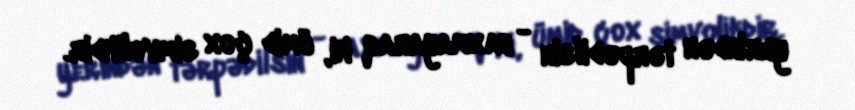
yerindən tərpədilsin - baxmayaraq ki, ümid çox simvolikdir.